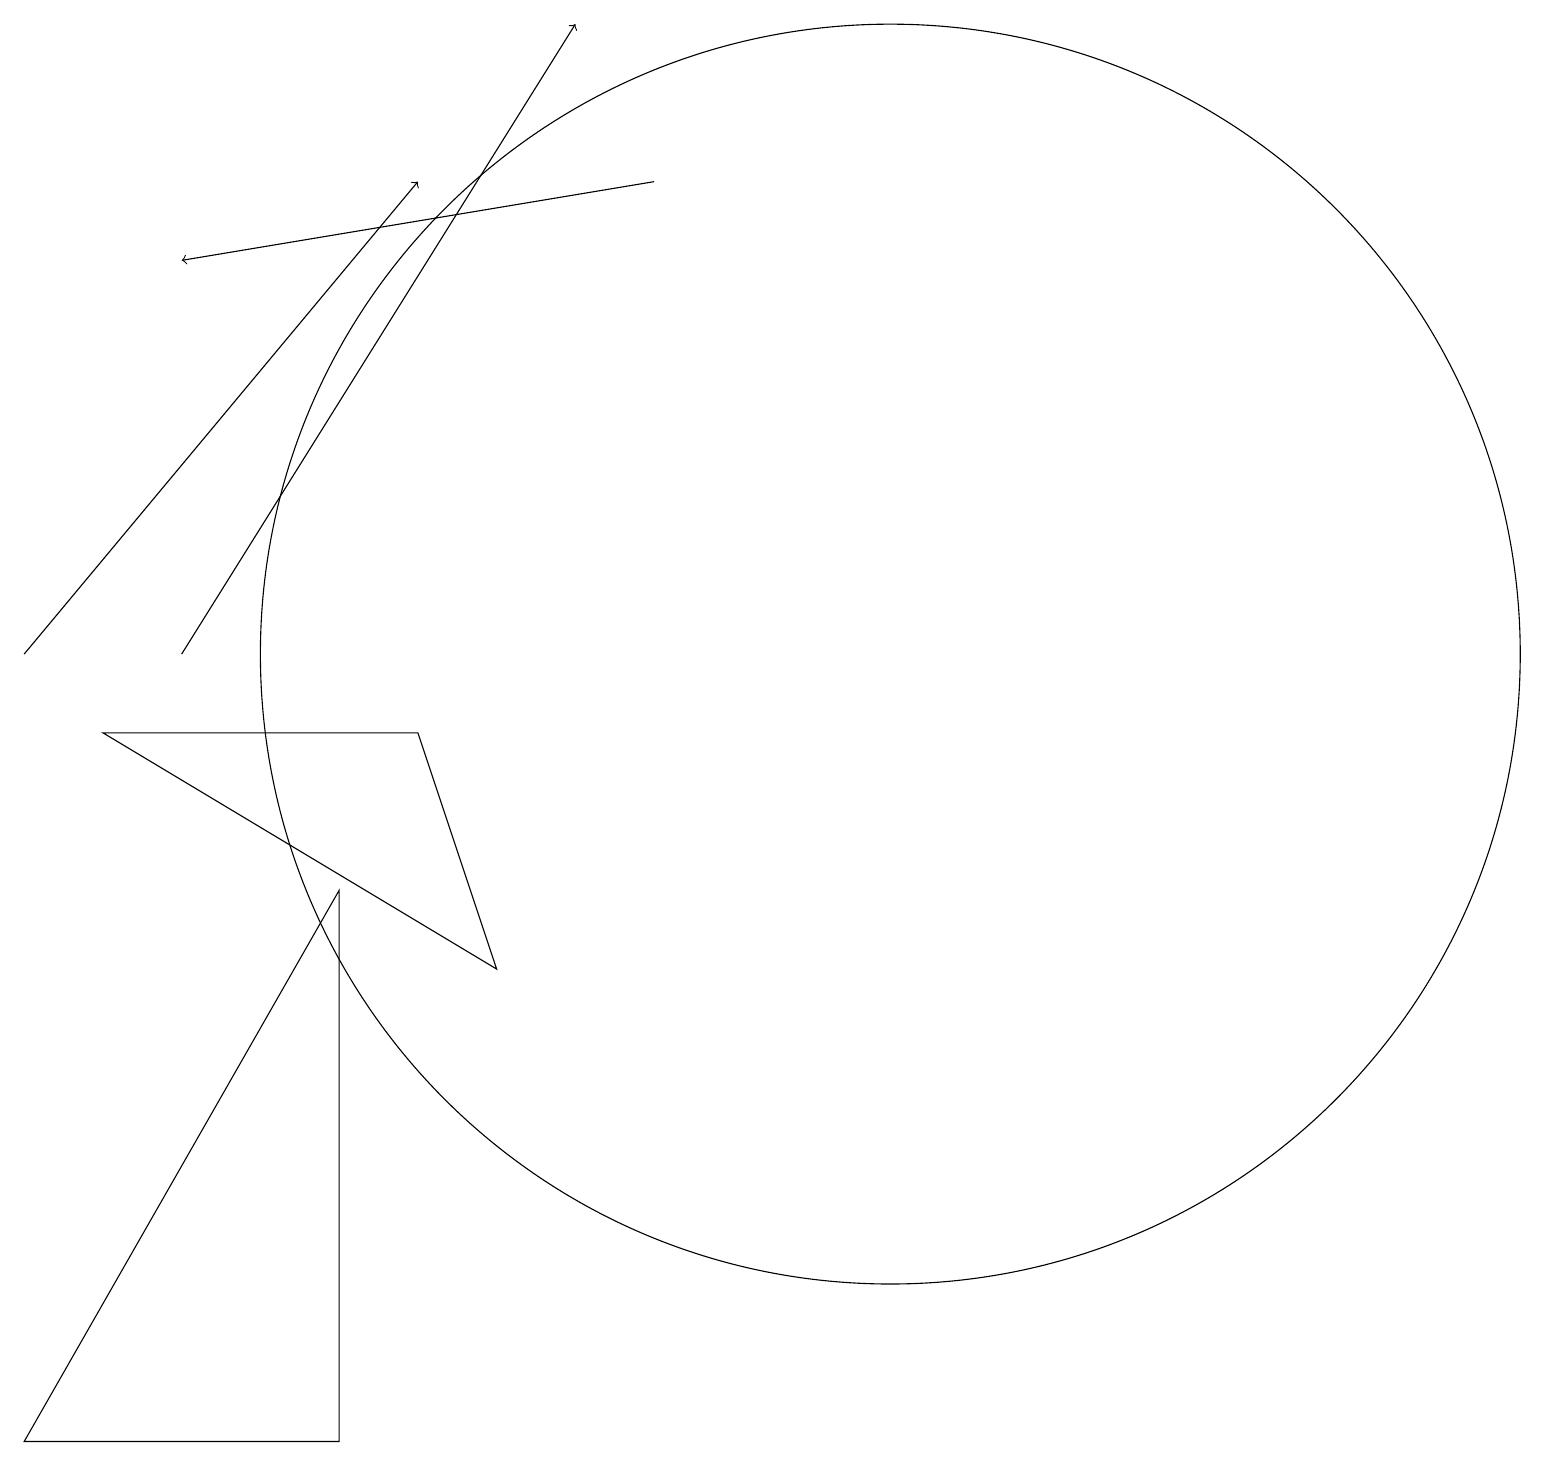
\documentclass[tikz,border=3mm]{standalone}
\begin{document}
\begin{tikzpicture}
\draw[->] (2,10) -- (7,18);
\draw (11,10) circle (8);
\draw[->] (0,10) -- (5,16);
\draw (6,6) -- (1,9) -- (5,9) -- cycle;
\draw[->] (8,16) -- (2,15);
\draw (4,7) -- (4,0) -- (0,0) -- cycle;
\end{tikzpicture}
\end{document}